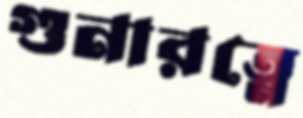
গুনারত্নে